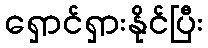
ရှောင်ရှားနိုင်ပြီး